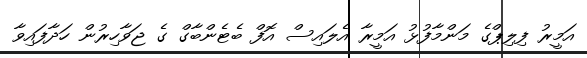
އަމީރު ފިލިޕްގެ މަންމާފުޅު އަމީރާ އެލައިސް އޮފް ބެޓެންބާގް ގެ ޖަވާހިރުން ހަދާފައިވާ